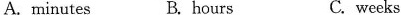
A. minutes B. hours C.weeks